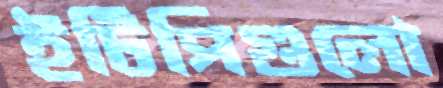
ইটিপিগুলো